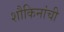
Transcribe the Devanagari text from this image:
शौकिनांची